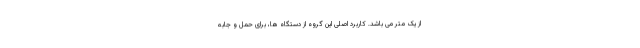
از یک متر می باشد. کاربرد اصلی این گروه از دستگاه ها، برای حمل و جابه